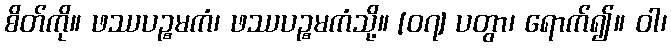
စိတ်ကို။ ဖဿပဉ္စမကံ၊ ဖဿပဉ္စမကံသို့။ [၀၇] ပတွာ၊ ရောက်၍။ ဝါ၊